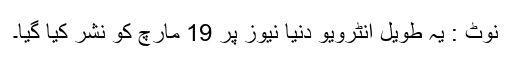
نوٹ : یہ طویل انٹرویو دنیا نیوز پر 19 مارچ کو نشر کیا گیا۔